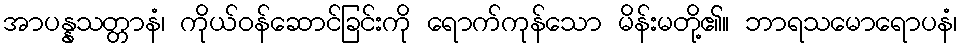
အာပန္နသတ္တာနံ၊ ကိုယ်ဝန်ဆောင်ခြင်းကို ရောက်ကုန်သော မိန်းမတို့၏။ ဘာရသမောရောပနံ၊